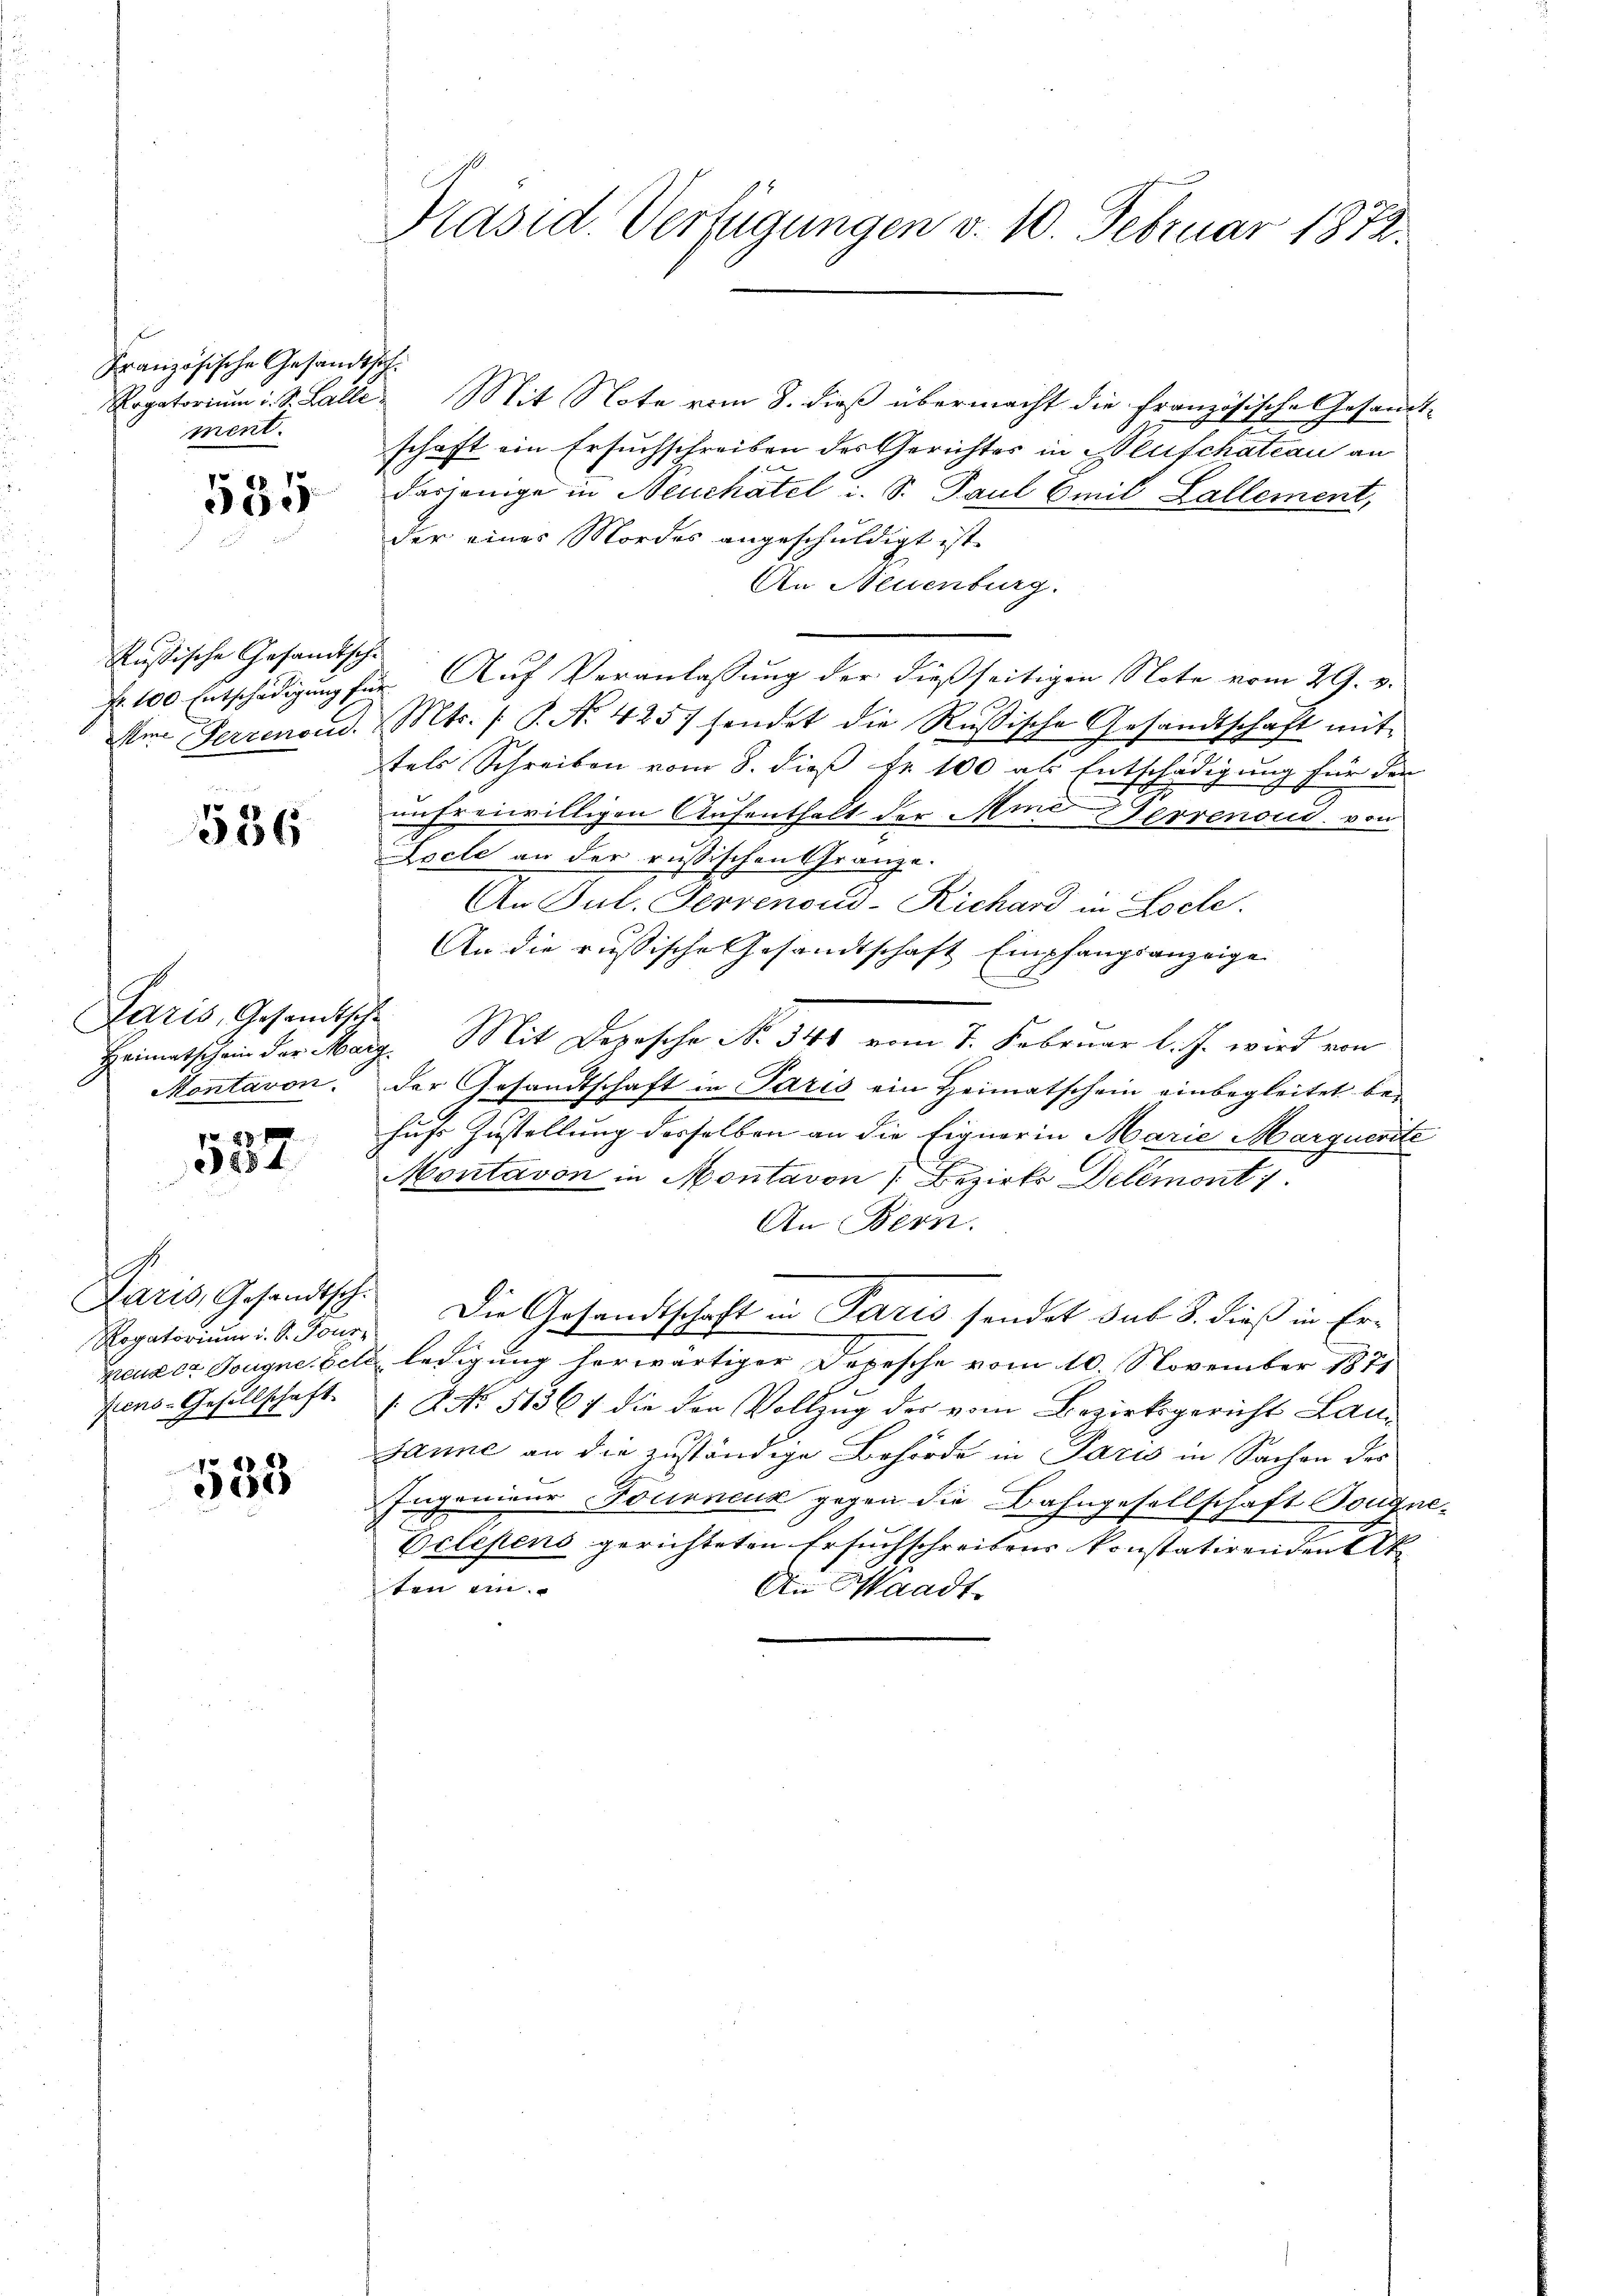
Französische Gesandtsch
ment.

535

Rußische Gesandtsch
Nr. 100 Entschädigung fü
Mine Ferrenoud.

536

Paris, Gesandtsch
Heimatschein der Mar
Kontavon.

28 x
254

Paris, Gesandtsch.
Rogatorium d. d. Tour,
prenden Tougnetet.
fens-Gesellschaft

533

Präsid. Verfügungen v. 10. Februar 1872.

Rogatorium i. S. Galle Mit Note vom 8. dieß übermacht die französische Gesandt-
schaft ein Ersuchschreiben des Gerichtes in Neuschateau an
er
dasjenige in Neuchatel i. S. Paul (mit Lallement,
der eines Mordes angeschuldigt ist.
An Neuenburg.
i. Auf Veranlassung der dießseitigen Note vom 29. v.
Mts. (T. No. 4257 hendet die Russische Gesandtschaft mit
tels Schreiben vom 8. dieß Fr. 100 als Entschädigung für den
unfreiwilligen Aufenthalt der Mind Gerrenoud von
Lecle an der russischen Gränze.
An Jul. Pervenoud-Richard in Loele.
An die russische Gesandtschaft Empfangsanzeige
c
Mit Depesche No. 341 vom 7. Februar l. J. wird von
ch.
der Gesandtschaft in Paris ein Heimatschein einbegleitet behufs Zustellung derselben an die Eignerin Marie Marquerite
Montavon in Montavon Bezirks Delémont 1
An Bern.
Die Gesandtschaft in Paris sendet sub 8. dieß in Erledigung herwärtiger Depesche vom 10. November 1871
( No. 51367 die den Vollzug des vom Bezirksgericht Lan¬
Janne an die zuständige Behörde in Paris in Sachen des
Ingenieur Fourneuk gegen die Bahngesellschaft Tougne¬
Belegens gerichteten Ersuchschreibens konstatirenden Ak
ten ein
An Waadt.